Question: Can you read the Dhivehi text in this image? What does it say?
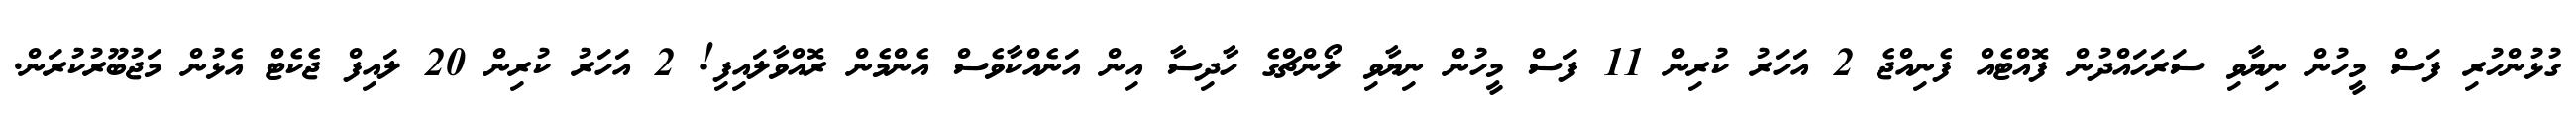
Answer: ގުޅުންހުރި ފަސް މީހުން ނިޔާވި ސަރަހައްދުން ފޮއްޓެއް ފެނިއްޖެ 2 އަހަރު ކުރިން 11 ފަސް މީހުން ނިޔާވި ލޯންޗްގެ ހާދިސާ އިން އަނެއްކާވެސް އެންމެން ރޮއްވާލައިފި! 2 އަހަރު ކުރިން 20 ލައިފް ޖެކެޓް އެޅުން މަޖުބޫރުކުރަން.